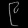
Digit: ၉